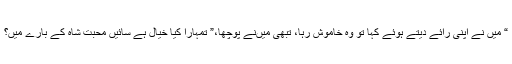
“ میں نے اپنی رائے دیتے ہوئے کہا تو وہ خاموش رہا، تبھی میںنے پوچھا،” تمہارا کیا خیال ہے سائیں محبت شاہ کے بارے میں؟